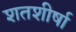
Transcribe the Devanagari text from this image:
शतशीर्षा